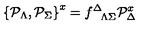
\left\{ { \cal P } _ { \Lambda } , { \cal P } _ { \Sigma } \right\} ^ { x } = f _ { \phantom { \Delta } \Lambda \Sigma } ^ { \Delta } { \cal P } _ { \Delta } ^ { x }